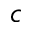
^ c